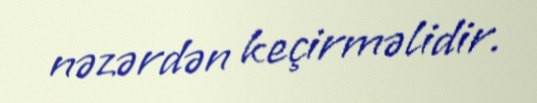
nəzərdən keçirməlidir.